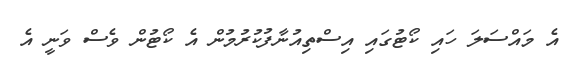
އެ މައްސަލަ ހައި ކޯޓުގައި އިސްތިއުނާފުކުރުމުން އެ ކޯޓުން ވެސް ވަނީ އެ